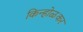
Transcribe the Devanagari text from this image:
किन्होळकर